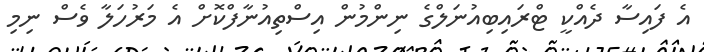
އެ ފައިސާ ދެއްކީ ޓްރައިބިއުނަލްގެ ނިންމުން އިސްތިއުނާފްކޮށް އެ މަރުހަލާ ވެސް ނިމި